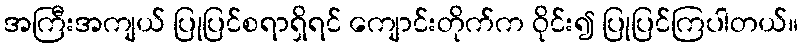
အကြီးအကျယ် ပြုပြင်စရာရှိရင် ကျောင်းတိုက်က ဝိုင်း၍ ပြုပြင်ကြပါတယ်။